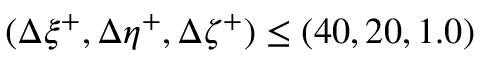
( \Delta \xi ^ { + } , \Delta \eta ^ { + } , \Delta \zeta ^ { + } ) \leq ( 4 0 , 2 0 , 1 . 0 )